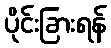
ပိုင်းခြားရန်